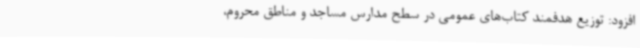
افزود: توزیع هدفمند کتاب‌های عمومی در سطح مدارس مساجد و مناطق محروم،